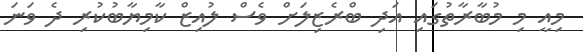
މިއީ މި މުބާރާތުގައި އަދި ބްރެޒިލަށް ވެސް ލުއިޒް ކާމިޔާބުކުރި ދެ ވަނަ